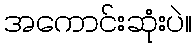
အကောင်းဆုံးပဲ။